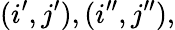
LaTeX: (i^{\prime},j^{\prime}),(i^{\prime\prime},j^{\prime\prime}),